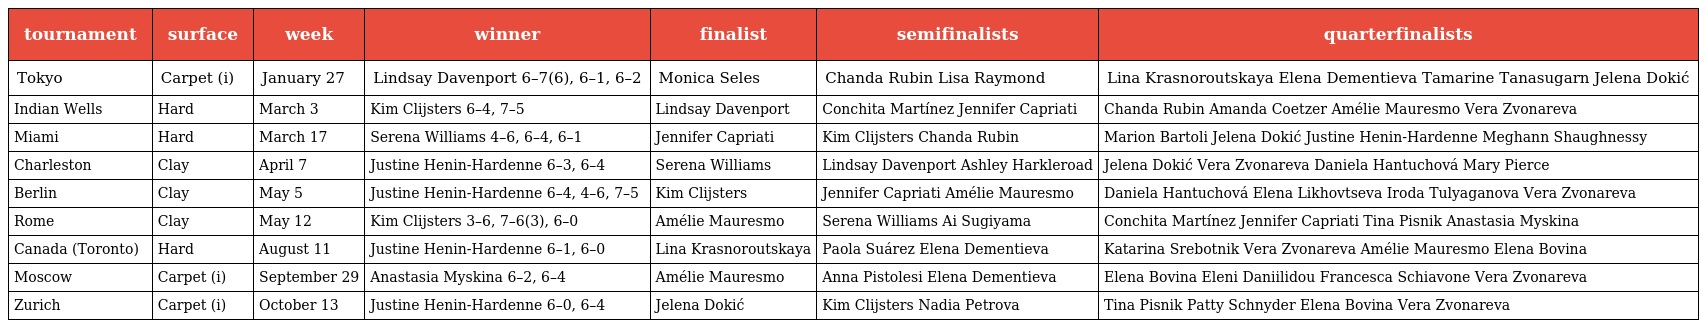
| tournament | surface | week | winner | finalist | semifinalists | quarterfinalists |
 | --- | --- | --- | --- | --- | --- | --- |
 | Tokyo | Carpet (i) | January 27 | Lindsay Davenport 6–7(6), 6–1, 6–2 | Monica Seles | Chanda Rubin Lisa Raymond | Lina Krasnoroutskaya Elena Dementieva Tamarine Tanasugarn Jelena Dokić |
 | Indian Wells | Hard | March 3 | Kim Clijsters 6–4, 7–5 | Lindsay Davenport | Conchita Martínez Jennifer Capriati | Chanda Rubin Amanda Coetzer Amélie Mauresmo Vera Zvonareva |
 | Miami | Hard | March 17 | Serena Williams 4–6, 6–4, 6–1 | Jennifer Capriati | Kim Clijsters Chanda Rubin | Marion Bartoli Jelena Dokić Justine Henin-Hardenne Meghann Shaughnessy |
 | Charleston | Clay | April 7 | Justine Henin-Hardenne 6–3, 6–4 | Serena Williams | Lindsay Davenport Ashley Harkleroad | Jelena Dokić Vera Zvonareva Daniela Hantuchová Mary Pierce |
 | Berlin | Clay | May 5 | Justine Henin-Hardenne 6–4, 4–6, 7–5 | Kim Clijsters | Jennifer Capriati Amélie Mauresmo | Daniela Hantuchová Elena Likhovtseva Iroda Tulyaganova Vera Zvonareva |
 | Rome | Clay | May 12 | Kim Clijsters 3–6, 7–6(3), 6–0 | Amélie Mauresmo | Serena Williams Ai Sugiyama | Conchita Martínez Jennifer Capriati Tina Pisnik Anastasia Myskina |
 | Canada (Toronto) | Hard | August 11 | Justine Henin-Hardenne 6–1, 6–0 | Lina Krasnoroutskaya | Paola Suárez Elena Dementieva | Katarina Srebotnik Vera Zvonareva Amélie Mauresmo Elena Bovina |
 | Moscow | Carpet (i) | September 29 | Anastasia Myskina 6–2, 6–4 | Amélie Mauresmo | Anna Pistolesi Elena Dementieva | Elena Bovina Eleni Daniilidou Francesca Schiavone Vera Zvonareva |
 | Zurich | Carpet (i) | October 13 | Justine Henin-Hardenne 6–0, 6–4 | Jelena Dokić | Kim Clijsters Nadia Petrova | Tina Pisnik Patty Schnyder Elena Bovina Vera Zvonareva |